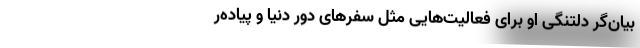
بیان‌گر دلتنگی او برای فعالیت‌هایی مثل سفر‌های دور دنیا و پیاده‌ر